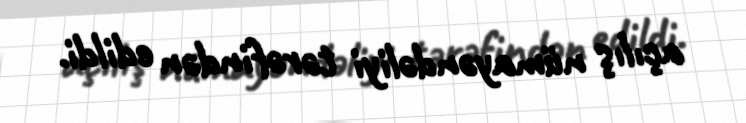
açılış nümayəndəliyi tərəfindən edildi.